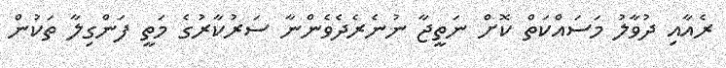
ރެއާއި ދުވާލު މަސައްކަތް ކޮށް ނަތީޖާ ނުނެރެދެވެންނާ ސަރުކާރުގެ މަތީ ފަންގިލާ ތަކުން